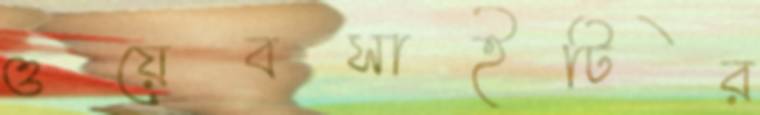
ওয়েবসাইটির